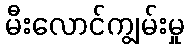
မီးလောင်ကျွမ်းမှု